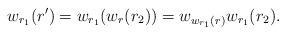
LaTeX: \begin{align*} w_{r_1}(r')=w_{r_1}(w_{r}(r_2))=w_{w_{r_1}(r)}w_{r_1}(r_2).\end{align*}